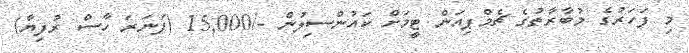
މި ފަހަރުގެ މުބާރާތުގެ ޗެމްޕިއަން ޓީމަށް ކައުންސިލުން -/15